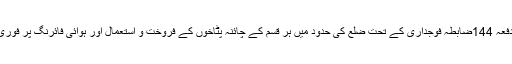
29 مئی2018ء) ڈپٹی کمشنر کرک ظریف المعانی نے دفعہ 144ضابطہ فوجداری کے تحت ضلع کی حدود میں ہر قسم کے چائنہ پٹاخوں کے فروخت و استعمال اور ہوائی فائرنگ پر فوری طور پر عرصہ 30دن کے لئے پابندی عائد کردی ہے۔